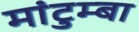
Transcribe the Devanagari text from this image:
मांटुम्बा